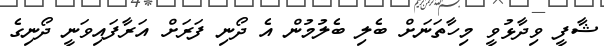
ޝާފީ ވިދާޅުވީ މިހާތަނަށް ބެލި ބެލުމުން އެ ދޯނި ފަރަށް އަރާފައިވަނީ ދޯނިގެ